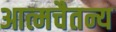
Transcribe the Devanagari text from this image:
आत्मचैतन्य